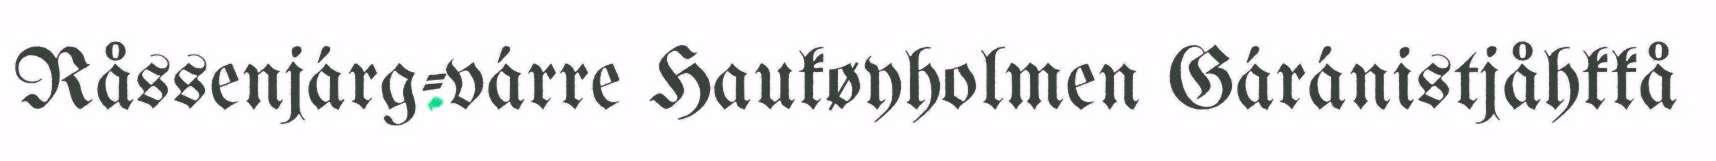
Råssenjárg-várre Haukøyholmen Gáránistjåhkkå